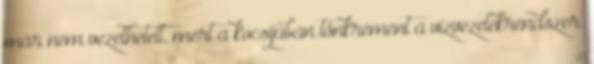
már nem vezethetett, mert a kocsijában tönkrement a vízvezetékrendszer.